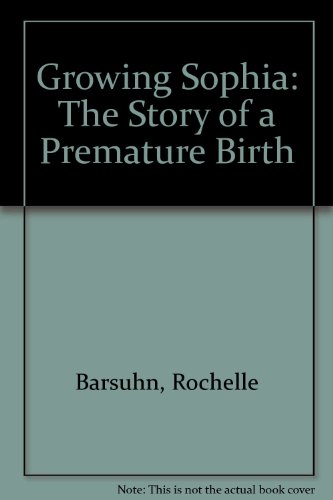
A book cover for Growing Sophia: The Story of a Premature Birth; Rochelle Barsuhn; Health, Fitness & Dieting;